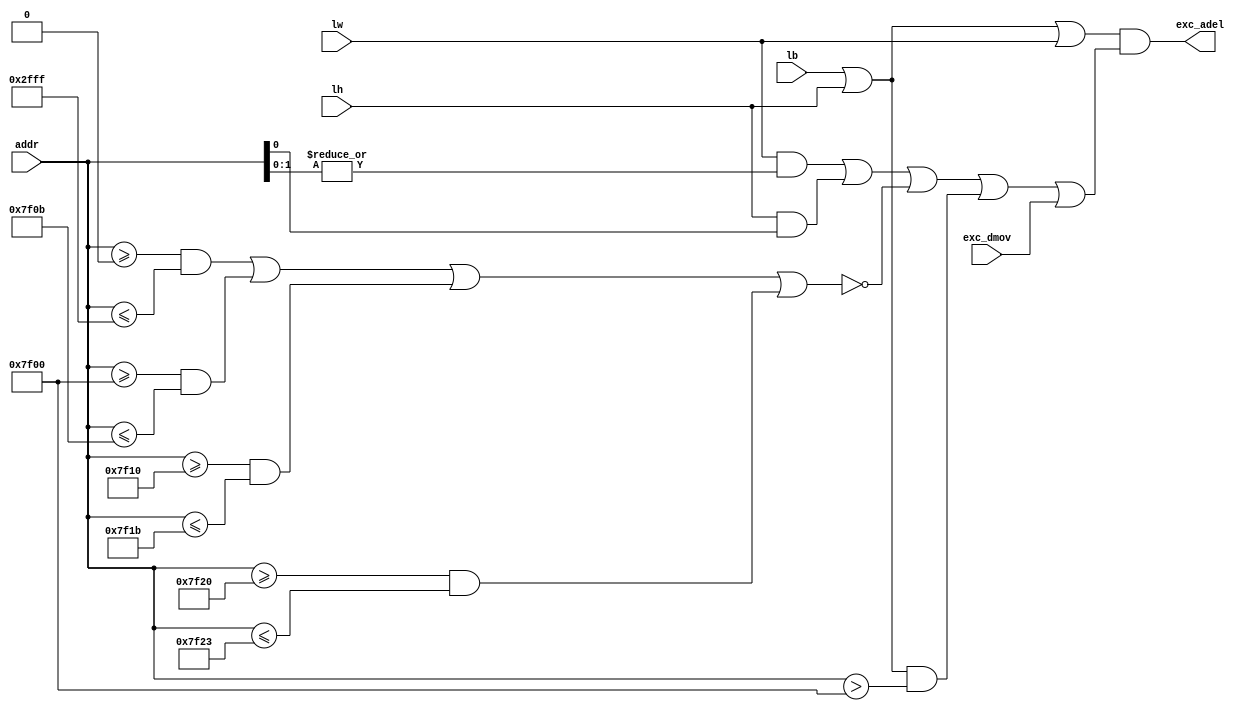
`timescale 1ns / 1ps
//////////////////////////////////////////////////////////////////////////////////
// Company: 
// Engineer: 
// 
// Design Name: 
// Module Name:    M_ErrLoad 
// Project Name: 
// Target Devices: 
// Tool versions: 
// Description: 
//
// Dependencies: 
//
// Revision: 
// Revision 0.01 - File Created
// Additional Comments: 
//
//////////////////////////////////////////////////////////////////////////////////
module M_ErrLoad(
	input lw,
	input lh,
	input lb,
	input [31:0] addr,
	input exc_dmov,
	output exc_adel
    );
	wire errUnalign = (lw&(|addr[1:0]))|(lh&addr[0]);
	wire errOutOfRange = !(
								((addr>=32'h0000_0000)&&(addr<=32'h0000_2fff))|
								((addr>=32'h0000_7f00)&&(addr<=32'h0000_7f0b))|
								((addr>=32'h0000_7f10)&&(addr<=32'h0000_7f1b))|
								((addr>=32'h0000_7f20)&&(addr<=32'h0000_7f23))
								);
	wire errTimer = 	(lb|lh)&&(addr>32'h0000_7f00);
	assign exc_adel = (lb|lh|lw)&&(errUnalign|errOutOfRange|errTimer|exc_dmov);

endmodule